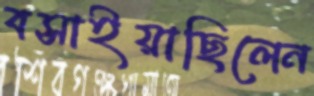
বসাইয়াছিলেন